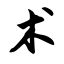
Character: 术